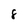
Character: 8